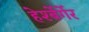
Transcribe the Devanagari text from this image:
हेर्श्बेर्गेर